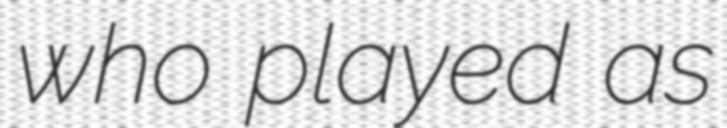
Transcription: who played as